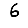
Digit: 6